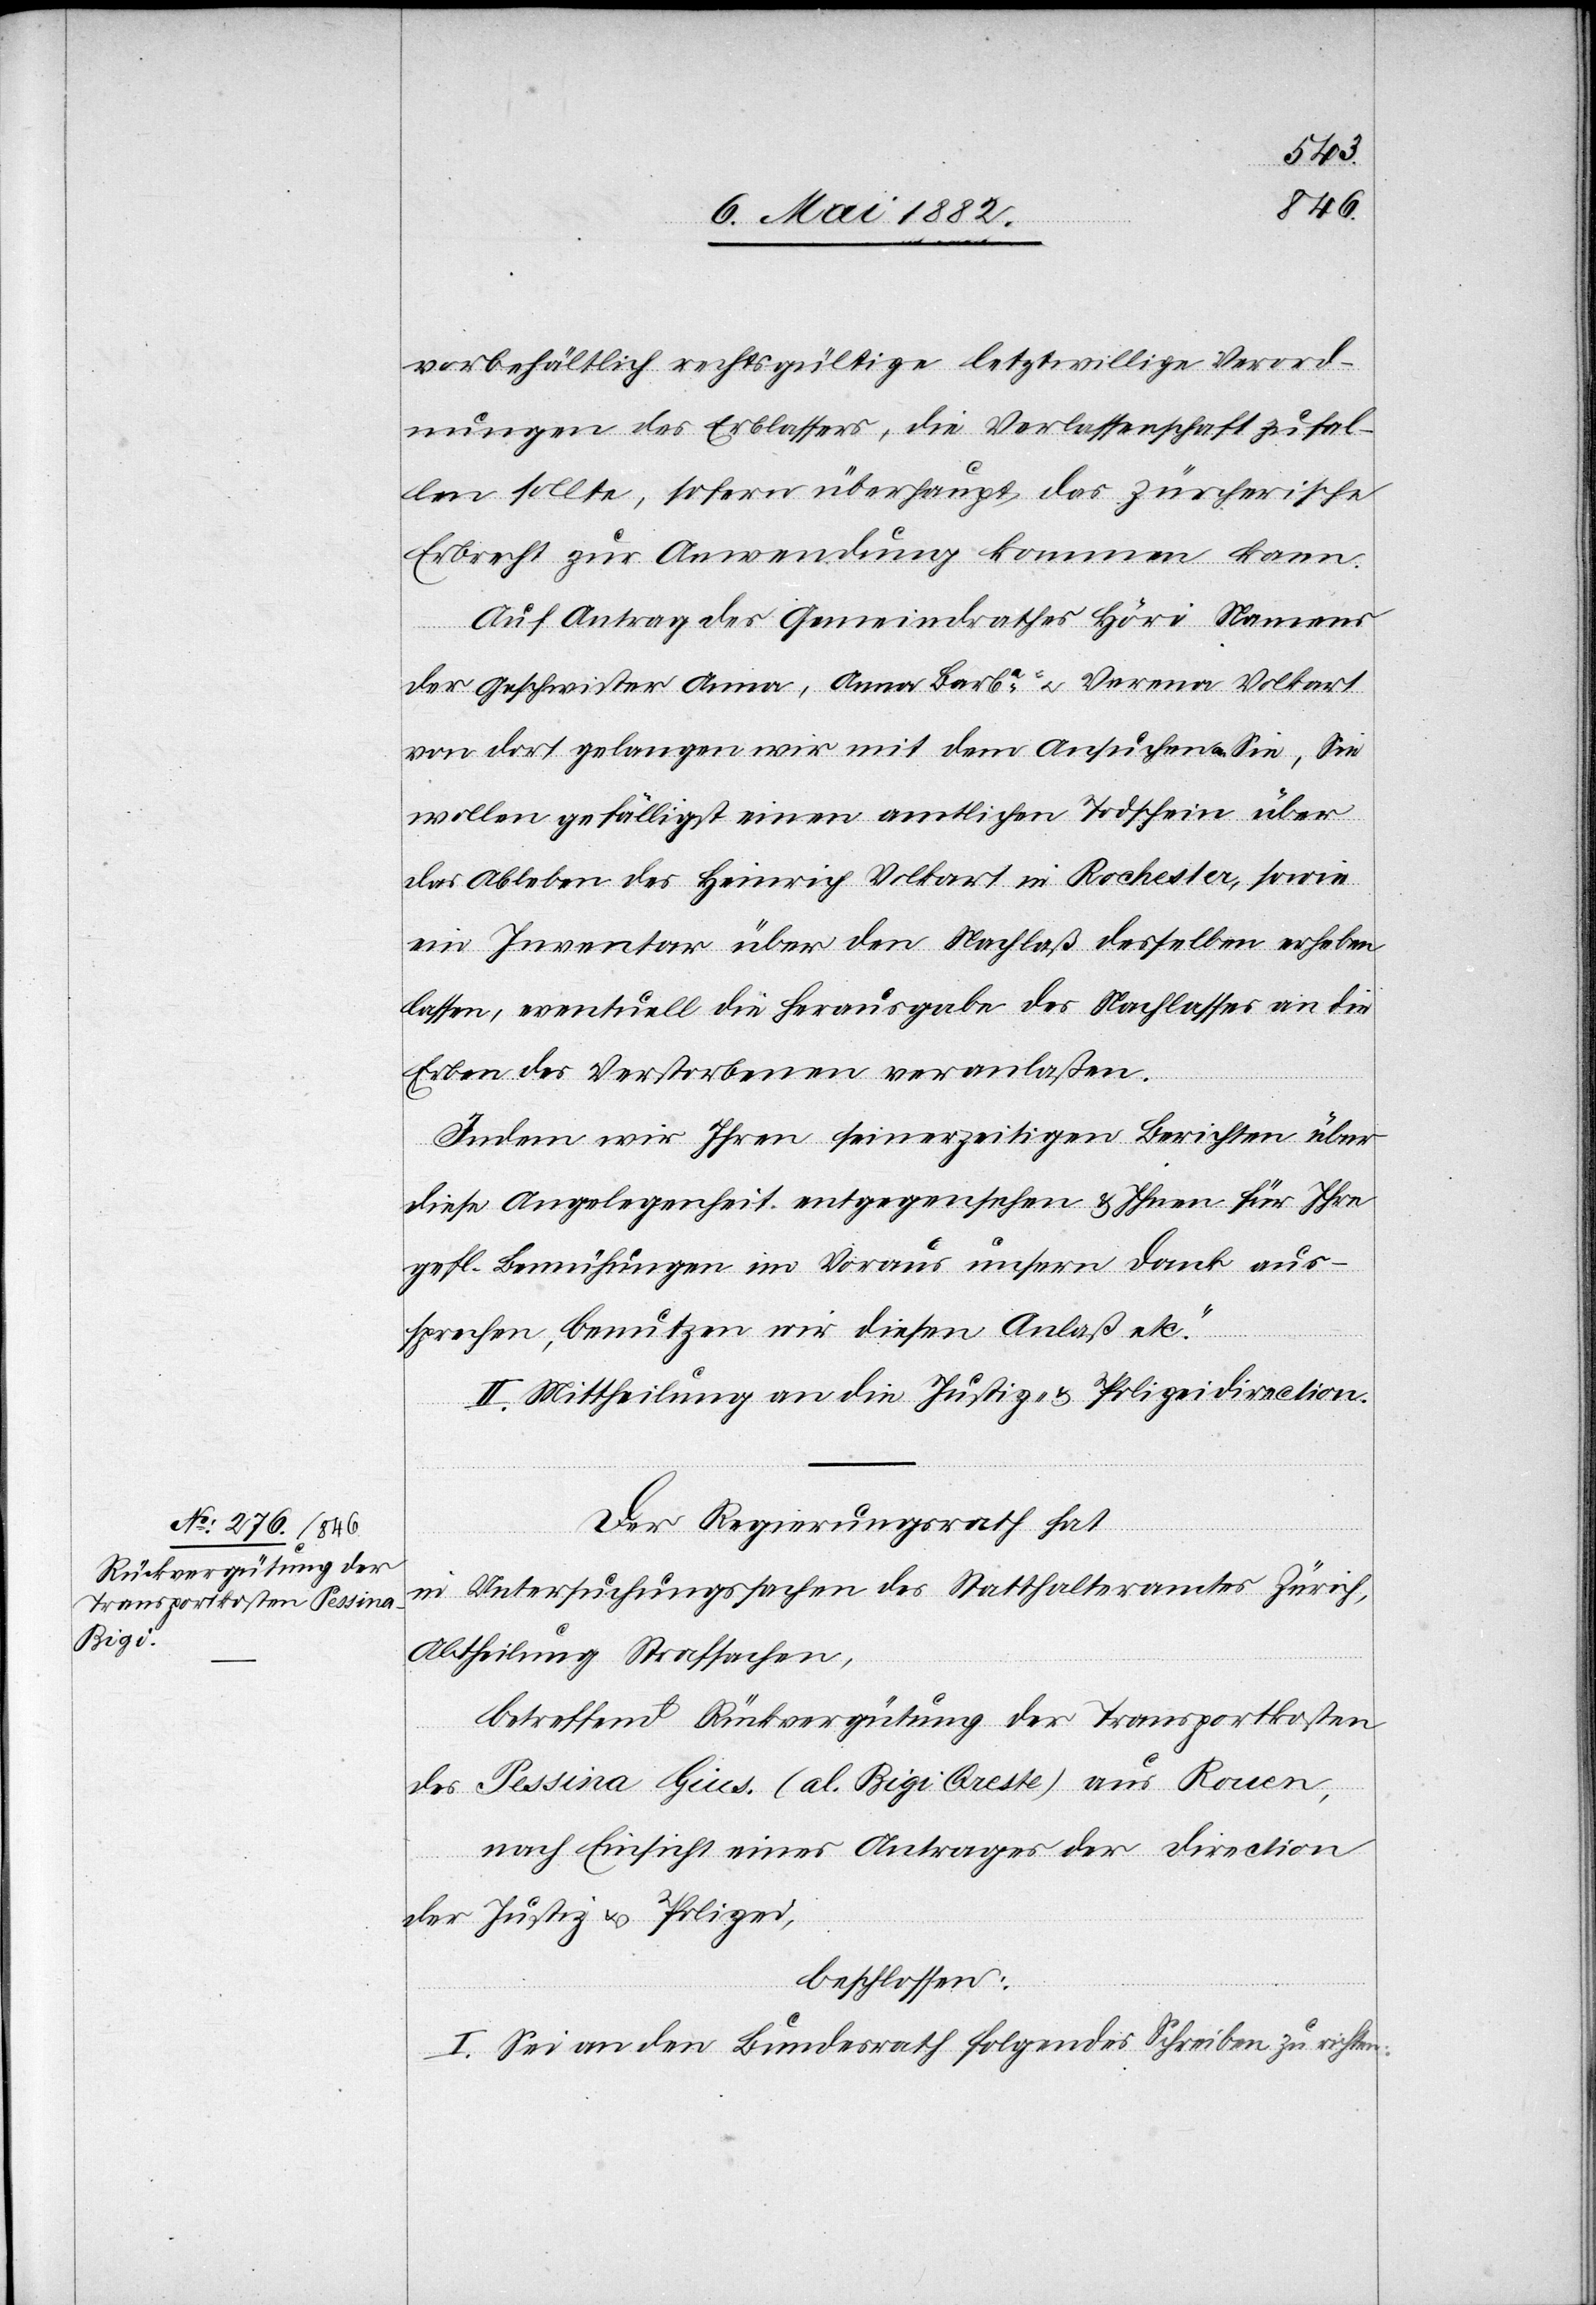
Gelegenheit
vorbehältlich rechtsgültige letztwillige Verord¬
nungen des Erblassers, die Verlassenschaft zufal¬
len sollte, sofern überhaupt das zürcherische
Erbrecht zur Anwendung kommen kann.
Auf Antrag des Gemeindrathes Höri Namens
der Geschwister Anna, Anna Barba u. Verena Volkart
von dort gelangen wir mit dem Ansuchen an Sie, Sie
wollen gefälligst einen amtlichen Todschein über
das Ableben des Heinrich Volkart in Rochester, sowie
ein Inventar über den Nachlaß desselben erheben
lassen, eventuell die Herausgabe des Nachlasses an die
Erben des Verstorbenen veranlaßen.
Indem wir Ihren seinerzeitigen Berichten über
diese Angelegenheit entgegensehen & Ihnen für Ihre
gefl. Bemühungen im Voraus unsern Dank aus¬
II. Mittheilung an die Justiz- & Polizeidirection.
Der Regierungsrath hat
in Untersuchungssachen des Statthalteramtes Zürich,
Abtheilung Strafsachen,
betreffend Rückerstattung der Transportkosten
des Pessina Gius. (al. Rigi Oreste) aus Rouen,
nach Einsicht eines Antrages der Direction
wir die
der Justiz & Polizei,
beschlossen:
I. Sei an den Bundesrath folgendes Schreiben zu richten: